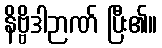
နိဗ္ဗိဒါဉာဏ် ပြီး၏။